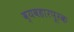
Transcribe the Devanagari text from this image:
व्यवहारपूरक